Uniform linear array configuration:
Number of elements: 32
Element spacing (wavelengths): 0.25
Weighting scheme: hann
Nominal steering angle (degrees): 45
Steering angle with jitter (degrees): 44.156
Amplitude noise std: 0.05
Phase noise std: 0.05

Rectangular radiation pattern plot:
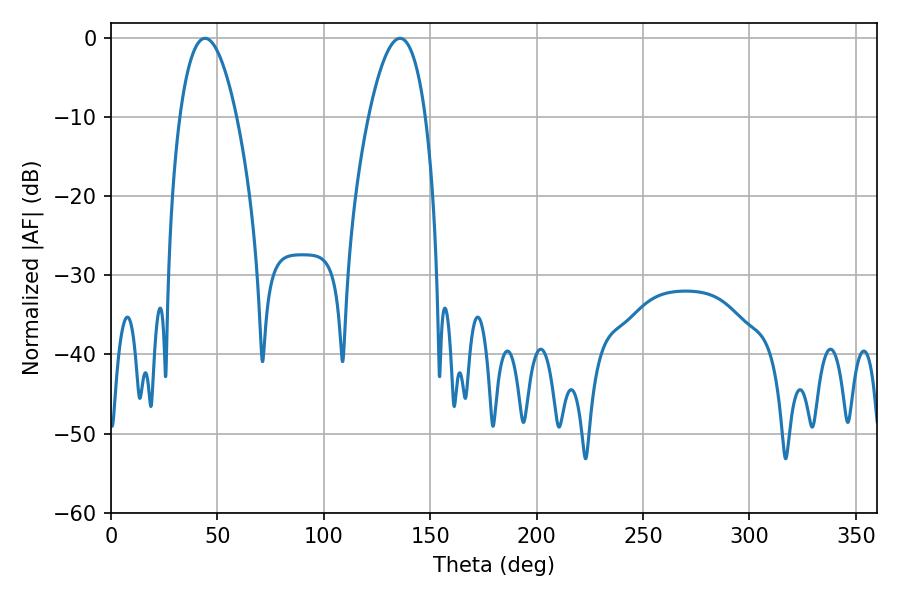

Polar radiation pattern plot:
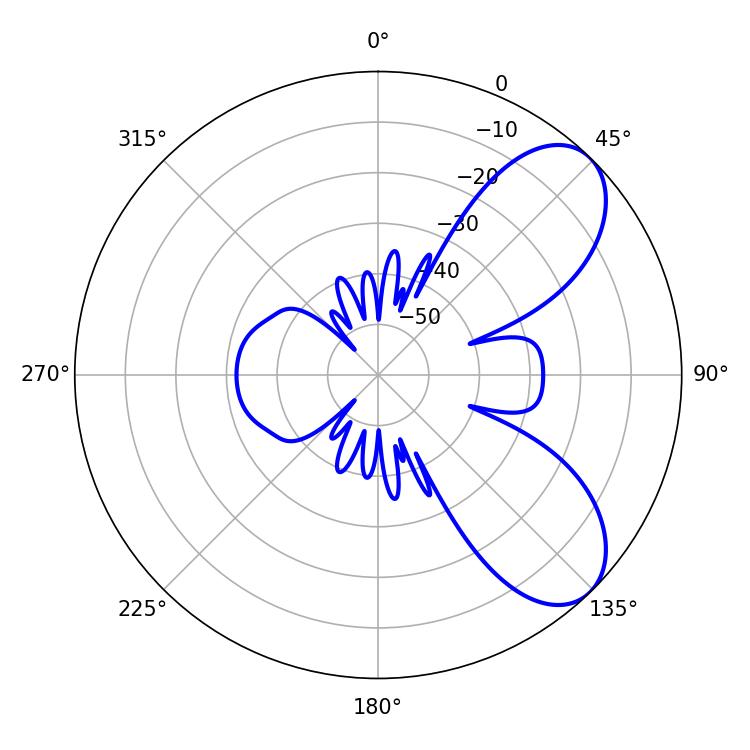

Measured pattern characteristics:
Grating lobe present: FALSE
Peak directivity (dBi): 7.12
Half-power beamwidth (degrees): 14.76
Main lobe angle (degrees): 44.28